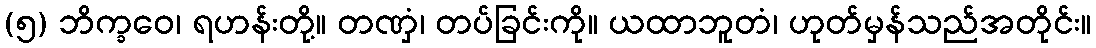
(၅) ဘိက္ခဝေ၊ ရဟန်းတို့။ တဏှံ၊ တပ်ခြင်းကို။ ယထာဘူတံ၊ ဟုတ်မှန်သည်အတိုင်း။